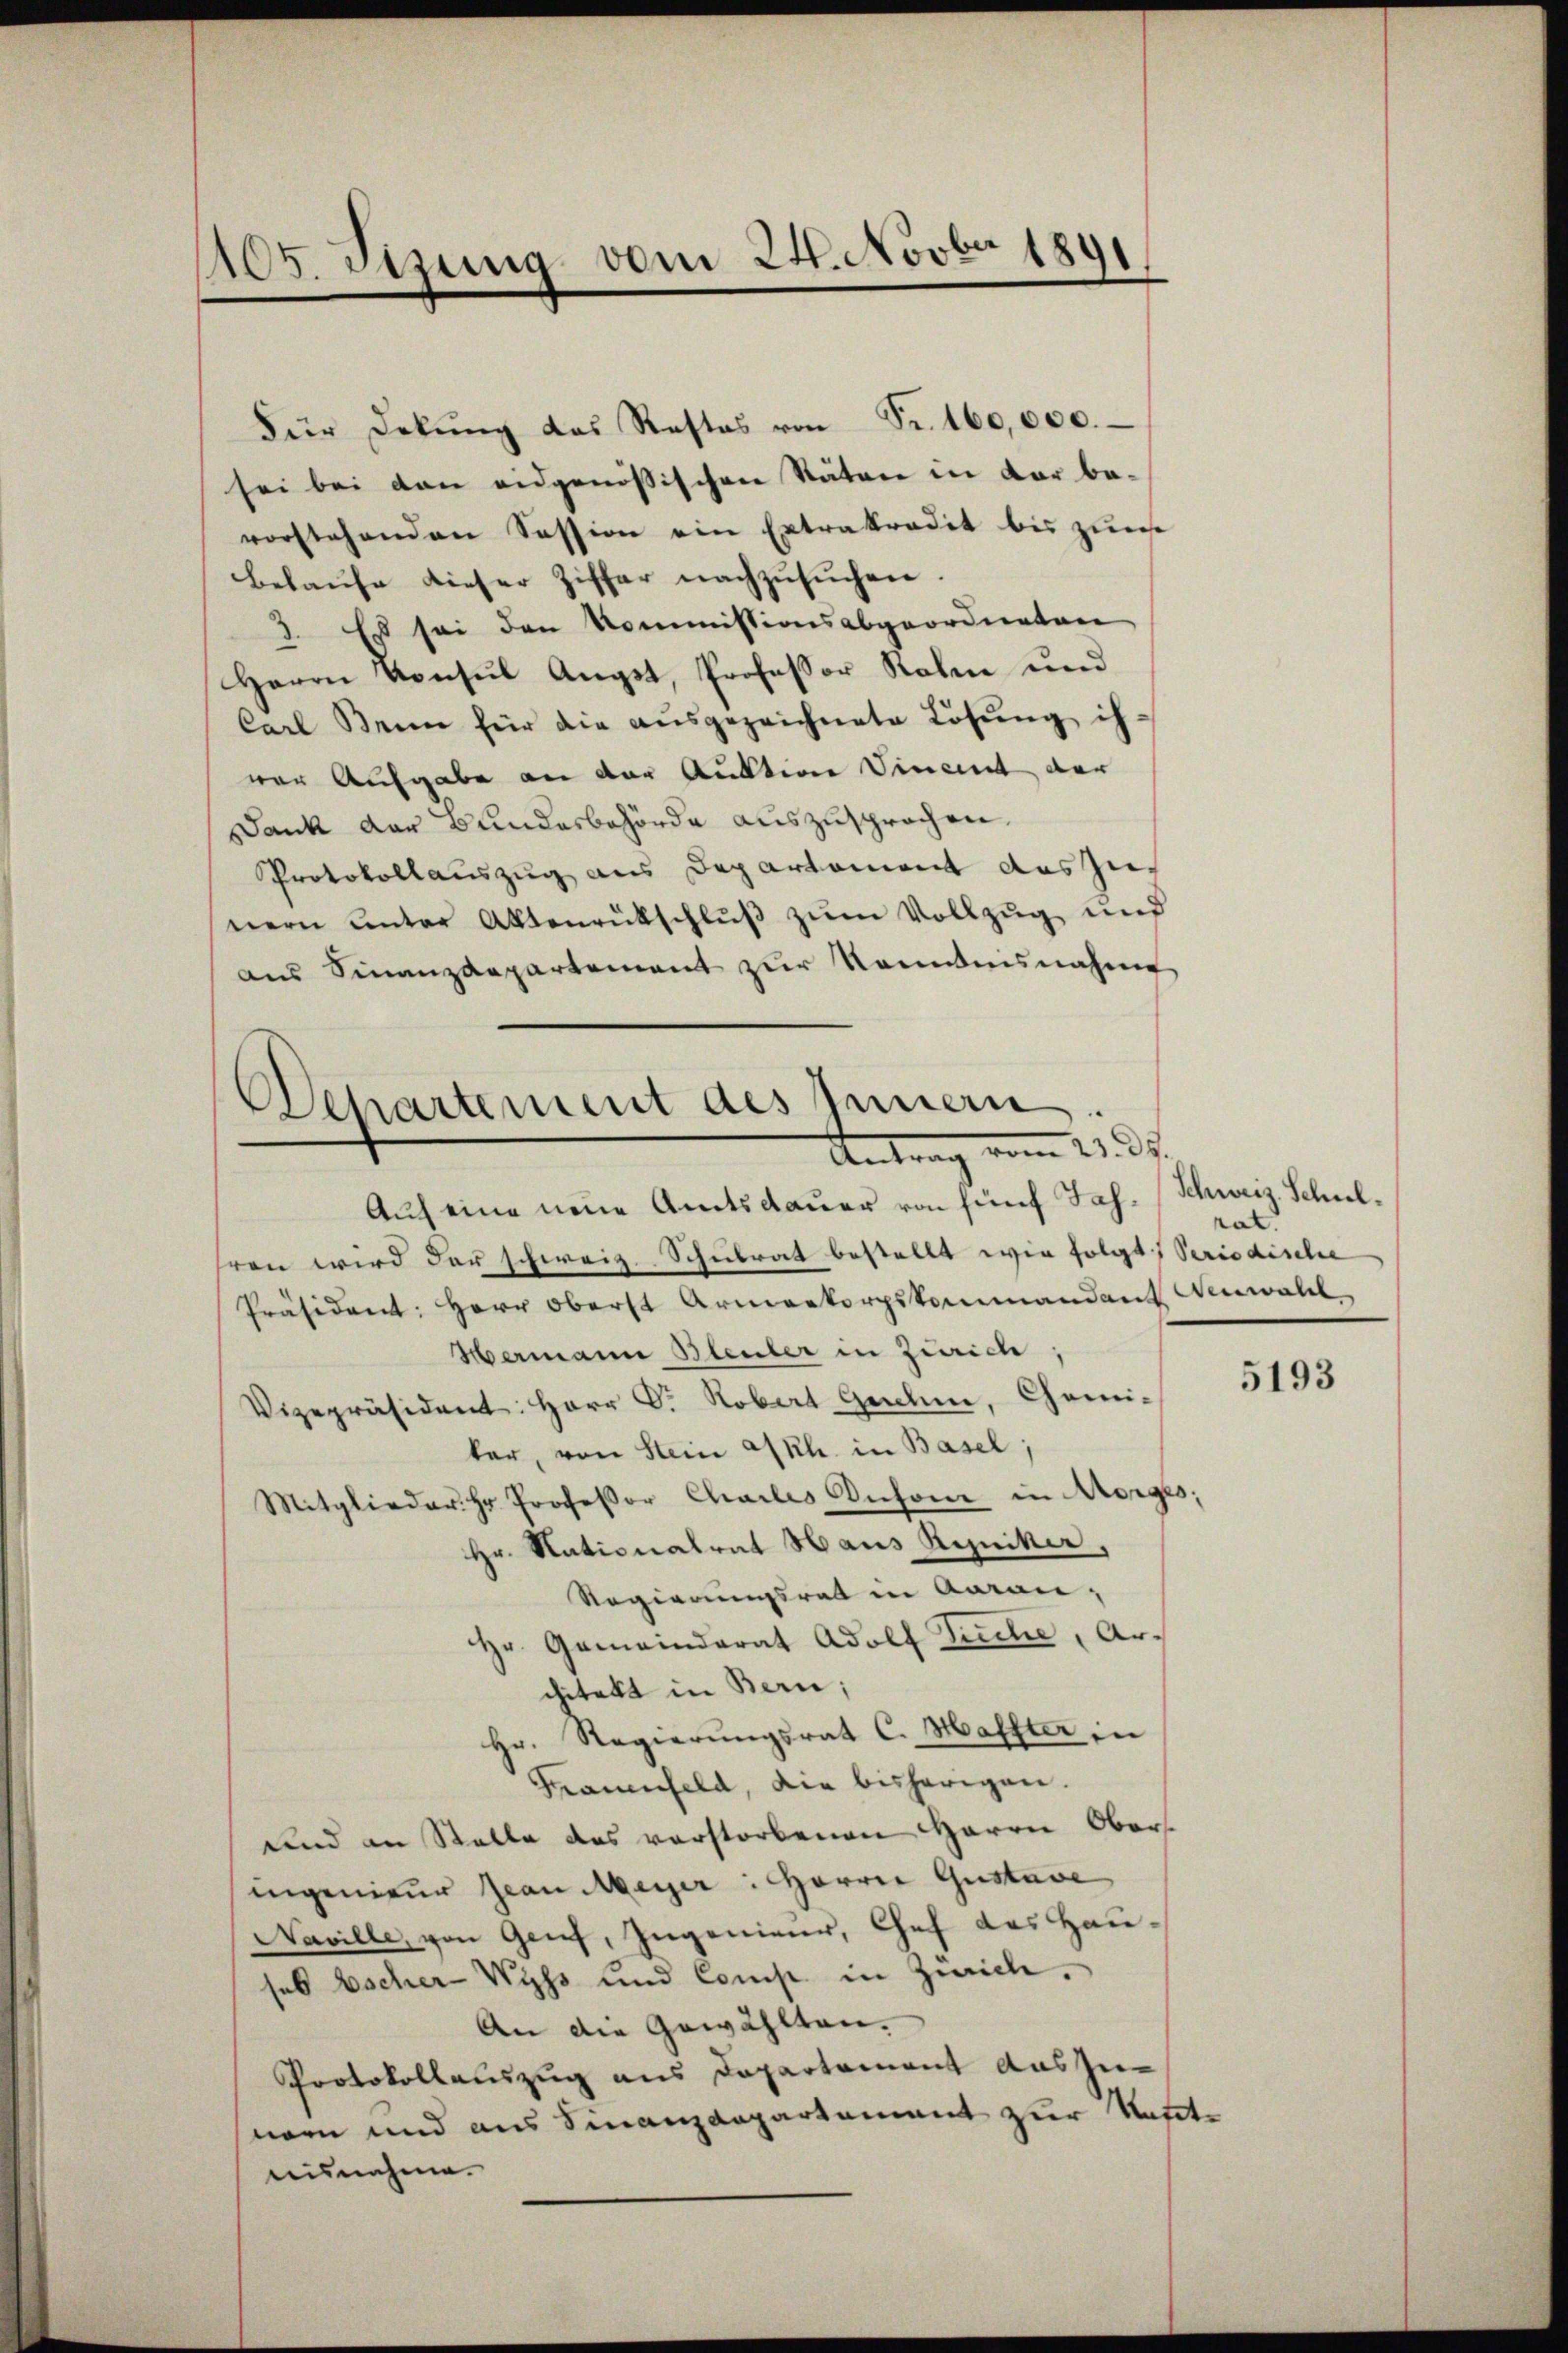
105. Sizung vom 24. Novbr 1891
.

Für Dekŭng das Restas von Fr. 160,000.
sei bei dan eidgenössischen Stäten in vor be-
vorstehenden Session ein Extrakradit bis zum
belaufe dieser Ziffer nachzŭsŭchen.
3. Es sei den Kommissionsabgeordneten
Herrn Konsul Augst, Professor Roben und
Carl Sein für die aŭsgezeichnete Lösung ih-
ver Aufgabe an der Auktion Vincent der
Dank der Bundesbehörde auszusprochen.
Protokollauszug aus Departement das Zienern unter Aktenrütschlŭβ zŭm Vollzug und
ans Finanzdepartement zŭr Kenntnisnahme

Departement des Innern
Antrag vom 23. d.
Auf eine neue Amtsdauer von fünf Jah. (Schweiz. Schul¬

hren wird der schweiz. Schulrat bestellt wir folgt, Periodische
Präsident: Herr Oberst Armenkorpskommandant Neuwahl
Hermann Bleuler in Zürich
Vizepräsident: Herr D. Robert Gnehme, Chemiker, von Stein a/Rh. in Basel;
Mitglieder Hr. Professor Chailes Inhom in Morges;
Hr. Nationalrat Haus Rezniker,
Regierungsrat in Aarau,
Hr. Gemeinderat Adolf Tuche, Architekt in Bern;
Hr. Regierŭngsrat C. Haffter in
Frauenfeld, die bisherigen.
und an Stelle des verstorbenen Herrn Obers
ingenieur Jean Meyer: Herrn Gustave
Naville, von Genf, Ingenieur, Chef das Hauseb Escher-Wyss und Comp. in Zürich,
An die Gewählten.
Protokollauszug aus Departement auszunern und aus Finanzdepartement zur Vett
nisnehme.

rat.

5193

e